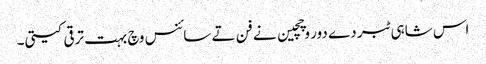
اس شاہی ٹبر دے دور وچچین نے فن تے سائنس وچ بہت ترقی کیتی۔